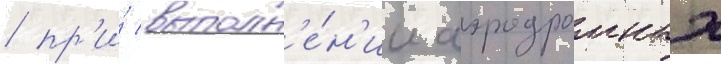
/ пр'и́ выполн'е́н'ии аэродромных